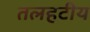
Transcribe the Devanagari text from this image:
तलहटीय